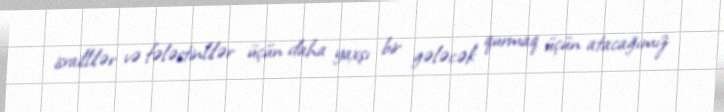
israillilər və fələstinlilər üçün daha yaxşı bir gələcək qurmaq üçün atacağımız